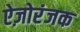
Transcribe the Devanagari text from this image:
ऐज़ोरंजक